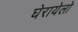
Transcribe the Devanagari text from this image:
घेरायेलो